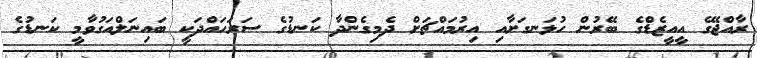
ރާއްޖޭގެ އީއީޒެޑްގެ ބޭރުން ހުޅަނގަށާއި އިރުމައްޗަށް ދެމިގެންދާ ކަނޑުގެ ސަރަހައްދަކީ ބައިނަލްއަގުވާމީ ކަނޑުގެ